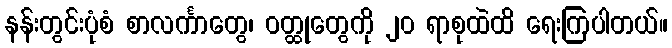
နန်းတွင်းပုံစံ စာလင်္ကာတွေ၊ ဝတ္ထုတွေကို ၂၀ ရာစုထဲထိ ရေးကြပါတယ်။